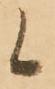
候